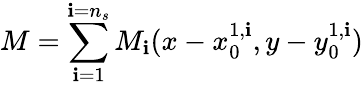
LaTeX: M=\sum_{\mathbf{i}=1}^{\mathbf{i}=n_{s}}M_{\mathbf{i}}(x-x_{0}^{1,\mathbf{i}},y-y_{0}^{1,\mathbf{i}})